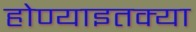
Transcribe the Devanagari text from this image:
होण्याइतक्या